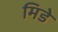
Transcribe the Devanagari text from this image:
मिडे